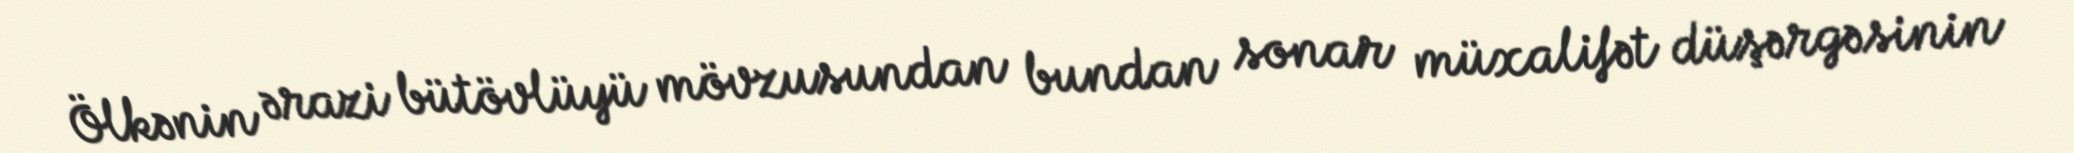
Ölkənin ərazi bütövlüyü mövzusundan bundan sonar müxalifət düşərgəsinin